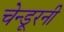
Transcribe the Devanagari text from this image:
चेन्डूरनी